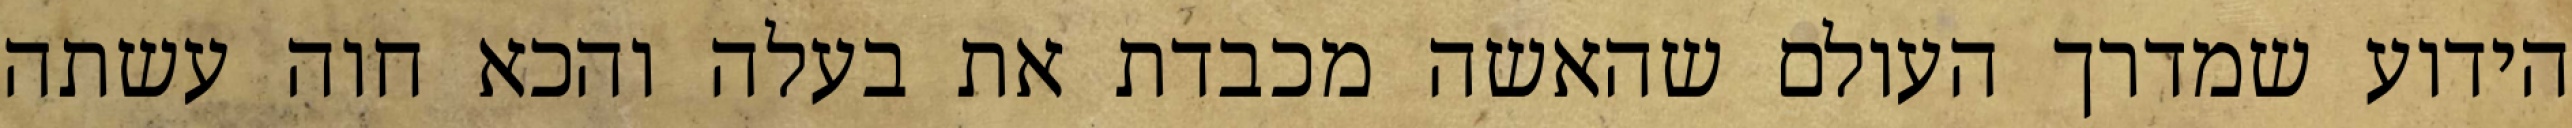
הידוע שמדרך העולם שהאשה מכבדת את בעלה והכא חוה עשתה